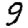
Digit: 9